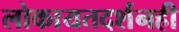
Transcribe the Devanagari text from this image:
लोकायतदर्शनही